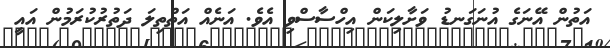
އަތުން އޭނަގެ އުނަގަނޑު ވަށާލިކަން އިހްސާސްވި އެވެ. އަނެއް އަތްތިލަ ދަތުރުކުރަމުން އައީ